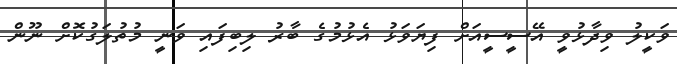
ވަކީލު ވިދާޅުވީ އޭސީސީއަށް ފިޔަވަޅު އެޅުމުގެ ބާރު ލިބިފައި ވަނީ މުތުލަގުކޮށް ނޫން